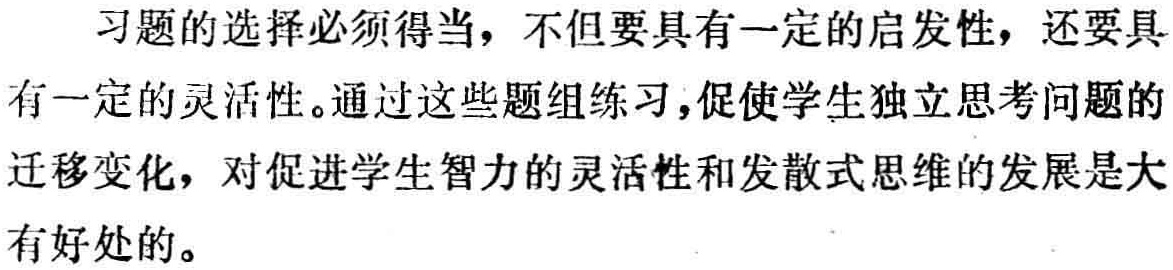
习题的选择必须得当，不但要具有一定的启发性，还要具有一定的灵活性。通过这些题组练习,促使学生独立思考问题的迁移变化，对促进学生智力的灵活性和发散式思维的发展是大有好处的。